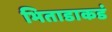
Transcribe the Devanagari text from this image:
भिताडाकडं